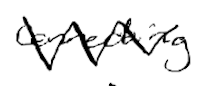
Text: connecting
Cross-out: zig-zag
Writing tool: digital_black